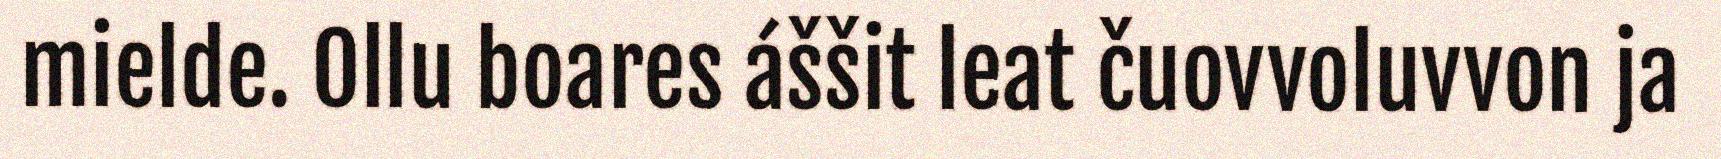
mielde. Ollu boares áššit leat čuovvoluvvon ja